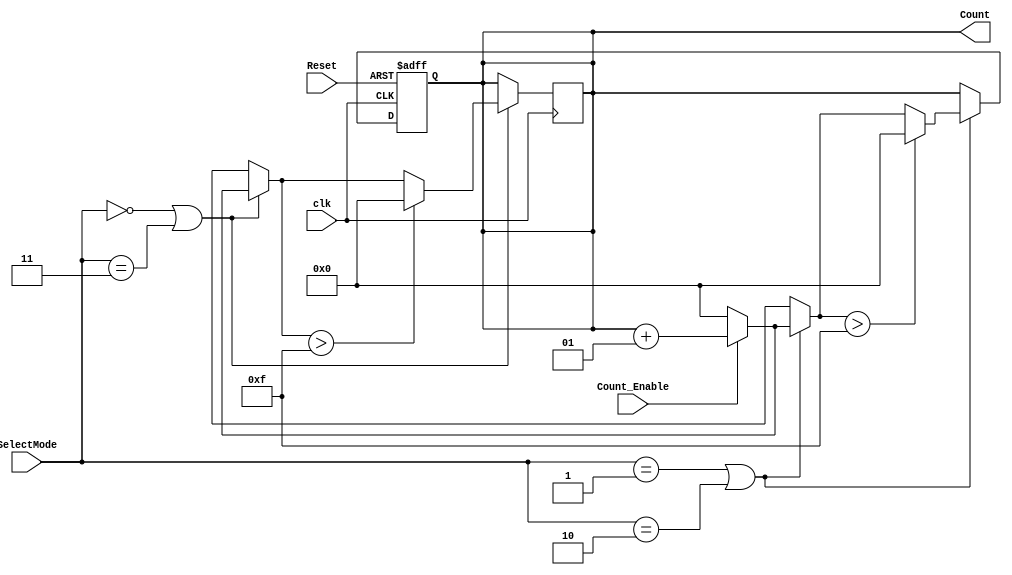


module Clk_Counter_16
#(parameter VAL = 15)
(
input clk,
input Reset, 
input Count_Enable,
input [1:0] SelectMode,
output integer Count
);

always @(posedge clk)
begin
     if(SelectMode == 0 || SelectMode == 3) begin
		if(Count_Enable == 1) begin
	  		Count = Count + 1;
		end
		else begin
			Count = 0;
		end
		if(Count > VAL) begin
			Count = 0;
		end 
     end
end  

always @(negedge clk,posedge Reset)
begin
     if (Reset == 1) begin
		Count = 0;
     end
     else if(SelectMode == 1 || SelectMode == 2) begin
		if(Count_Enable == 1) begin
	  		Count = Count + 1;
		end
		else begin
			Count = 0;
		end
		if(Count > VAL) begin
			Count = 0;
		end 
     end
end   
endmodule